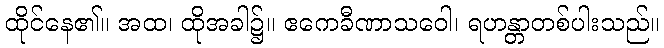
ထိုင်နေ၏။ အထ၊ ထိုအခါ၌။ ဧကေခီဏာသဝေါ၊ ရဟန္တာတစ်ပါးသည်။